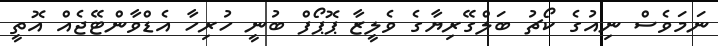
ނަމަވެސް ނިއުގެ ކޯޗު ބަލްގޭރިޔާގެ ވެލީޒާ ޕޮޕޯފް ބުނީ ހުރިހާ އެޑްވާންޓޭޖެއް އޮތީ